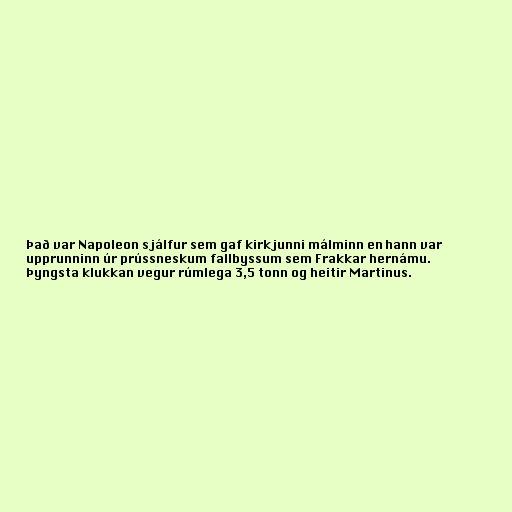
Það var Napoleon sjálfur sem gaf kirkjunni málminn en hann var
upprunninn úr prússneskum fallbyssum sem Frakkar hernámu.
Þyngsta klukkan vegur rúmlega 3,5 tonn og heitir Martinus.